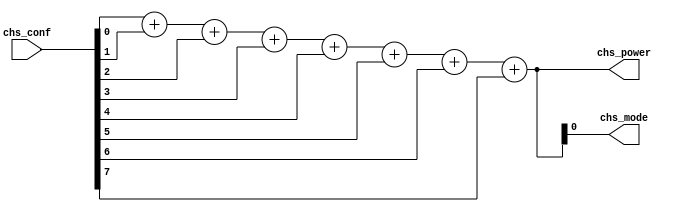
/*--  *******************************************************
--  Computer Architecture Course, Laboratory Sources 
--  Amirkabir University of Technology (Tehran Polytechnic)
--  Department of Computer Engineering (CE-AUT)
--  https://ce[dot]aut[dot]ac[dot]ir
--  *******************************************************
--  All Rights reserved (C) 2019-2020
--  *******************************************************
--  Student ID  : 
--  Student Name: 
--  Student Mail: 
--  *******************************************************
--  Additional Comments:
--
--*/

/*-----------------------------------------------------------
---  Module Name: Power Mode (Conting Ones)
---  Description: Module3: 
-----------------------------------------------------------*/
`timescale 1 ns/1 ns

module ModePower (
	input  [7:0] chs_conf  , // degree [temprature] 
	output [3:0] chs_power , // power  [cooler/heater] 
	output       chs_mode    // model  [heat=1/cool=0]
);
	assign chs_power=chs_conf[0]+chs_conf[1]+chs_conf[2]+chs_conf[3]+chs_conf[4]+chs_conf[5]+chs_conf[6]+chs_conf[7];
	assign chs_mode = chs_power[0] ; 
		
endmodule